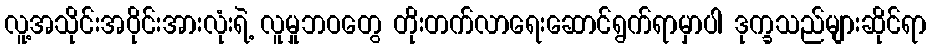
လူ့အသိုင်းအဝိုင်းအားလုံးရဲ့ လူမှုဘဝတွေ တိုးတက်လာရေးဆောင်ရွက်ရာမှာပါ ဒုက္ခသည်များဆိုင်ရာ